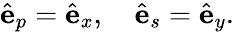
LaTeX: \begin{array}{r}{\hat{\mathbf e}_{p}=\hat{\mathbf e}_{x},\quad\hat{\mathbf e}_{s}=\hat{\mathbf e}_{y}.}\end{array}